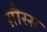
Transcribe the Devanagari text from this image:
ग़ौस्स